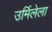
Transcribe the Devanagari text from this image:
उर्मिलेला